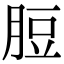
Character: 脰